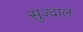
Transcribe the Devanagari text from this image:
सुज्दाल